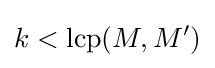
k<\mathrm {lcp} (M,M')